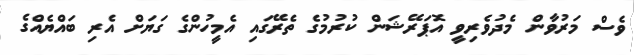
ވެސް މަރުވާން މެދުވެރިވީ އޮޕަރޭޝަން ކުރުމުގެ ތެރޭގައި އެމީހުންގެ ގަޔަށް އެރި ބައްޔެއްގެ